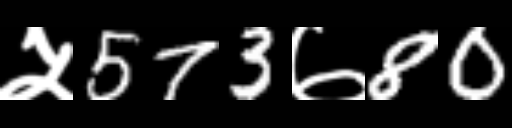
Text: ५573७80